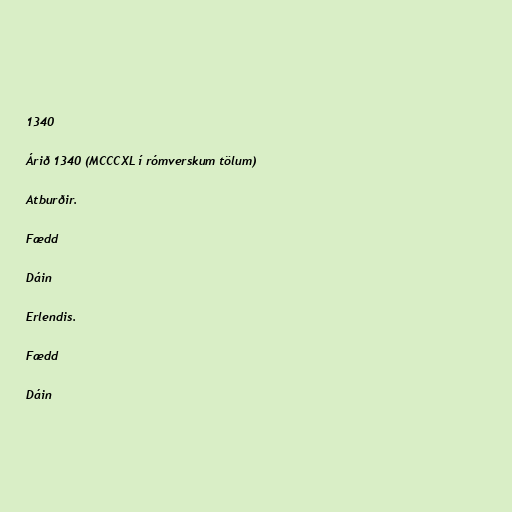
1340

Árið 1340 (MCCCXL í rómverskum tölum)

Atburðir.

Fædd

Dáin

Erlendis.

Fædd

Dáin